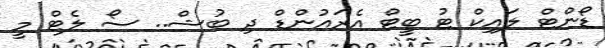
ޑޯންޓް ލައިކް ޓު ބީޓް އެރައުންޑް ދި ބުޝް.. ސޯ ލެޓް މީ